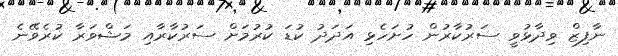
ނާފިޒް ވިދާޅުވީ ސަރުކާރުން ހުށަހެޅި އަދަދު ކުޑަ ކުރުމަށް ސަރުކާރާއި މަޝްވަރާ ކުރެވޭނެ